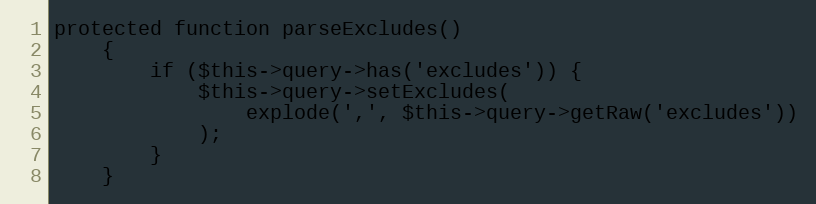
Language: PHP
protected function parseExcludes()
    {
        if ($this->query->has('excludes')) {
            $this->query->setExcludes(
                explode(',', $this->query->getRaw('excludes'))
            );
        }
    }